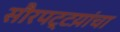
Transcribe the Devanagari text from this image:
सौरपट्टय़ांचा